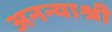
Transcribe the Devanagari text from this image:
अनन्याश्री